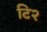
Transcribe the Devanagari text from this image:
टि२